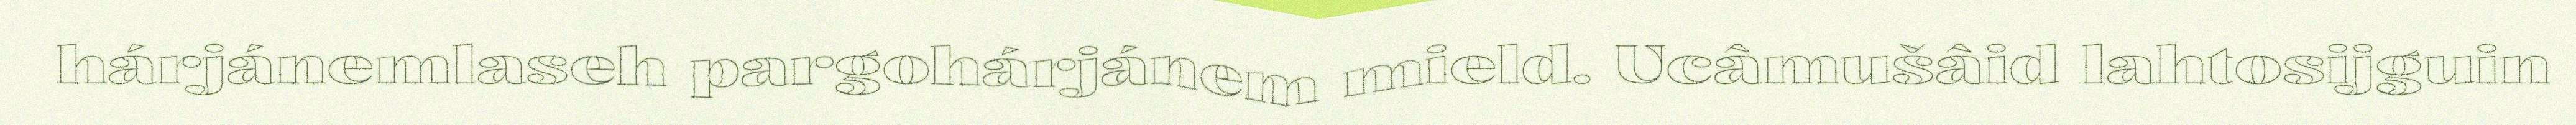
hárjánemlaseh pargohárjánem mield. Ucâmušâid lahtosijguin